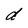
Character: d